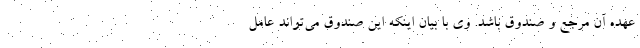
عهده آن مرجع و صندوق باشد. وی با بیان اینکه این صندوق می‌تواند عامل